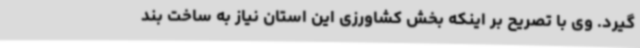
گیرد. وی با تصریح بر اینکه بخش کشاورزی این استان نیاز به ساخت بند